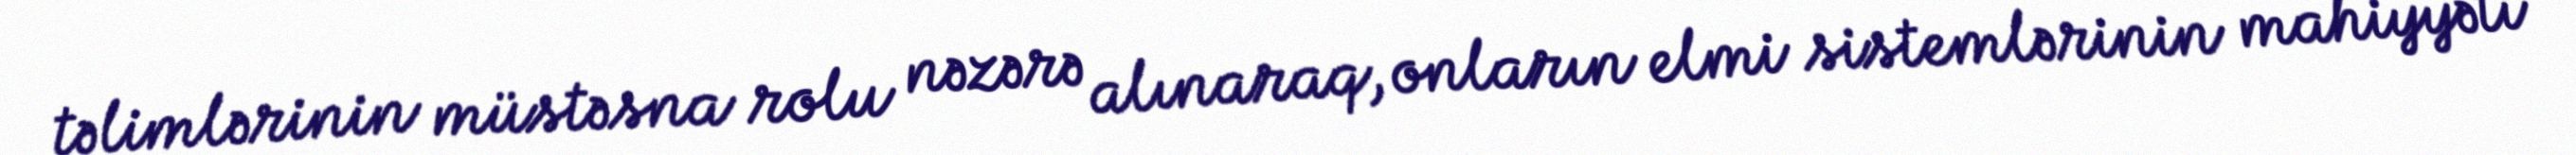
təlimlərinin müstəsna rolu nəzərə alınaraq, onların elmi sistemlərinin mahiyyəti